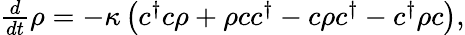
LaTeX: \begin{array}{r}{\frac{d}{dt}\rho=-\kappa\left(c^{\dagger}c\rho+\rho cc^{\dagger}-c\rho c^{\dagger}-c^{\dagger}\rho c\right),}\end{array}